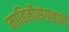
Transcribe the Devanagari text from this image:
माहितीसंग्रहाने